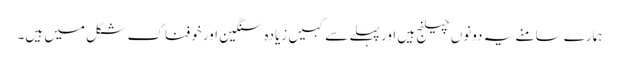
ہمارے سامنے یہ دونوں چیلنج ہیں اور پہلے سے کہیں زیادہ سنگین اور خوفناک شکل میں ہیں۔